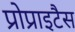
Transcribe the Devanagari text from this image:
प्रोप्राइटैस